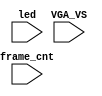
`timescale 1ns/1ps

module mist_dump(
    input           VGA_VS,
    input           led,
    input   [31:0]  frame_cnt
);

`ifdef DUMP
`ifndef NCVERILOG // iVerilog:
    initial begin
        // #(200*100*1000*1000);
        $display("DUMP enabled");
        $dumpfile("test.lxt");
    end
    `ifdef DUMP_START
    always @(negedge VGA_VS) if( frame_cnt==`DUMP_START ) begin
    `else
        initial begin
    `endif
        $display("DUMP starts");
        `ifdef DEEPDUMP
            $dumpvars(0,mist_test);
        `else
            $dumpvars(1,mist_test.UUT.u_game.u_main);
            $dumpvars(1,mist_test.UUT.u_game.u_rom);
            $dumpvars(1,mist_test.UUT.u_game);
            $dumpvars(0,mist_test.UUT.u_game.u_dwnld);
            $dumpvars(0,mist_test.UUT.u_frame.u_board.u_sdram);
        `endif
        $dumpon;
    end
`else // NCVERILOG
    `ifdef DUMP_START
    always @(negedge VGA_VS) if( frame_cnt==`DUMP_START ) begin
    `else
    initial begin
    `endif
        $shm_open("test.shm");
        `ifdef DEEPDUMP
            $display("NC Verilog: will dump all signals");
            $shm_probe(mist_test,"AS");
        `else
            $display("NC Verilog: will dump selected signals");
            //$shm_probe(UUT.u_game.u_video.u_obj,"AS");
            $shm_probe(frame_cnt);
            $shm_probe(UUT.u_game.u_main,"A");
            //$shm_probe(UUT.u_game.u_mcu,"A");
            //$shm_probe(UUT.u_game.u_dwnld,"AS");
            //$shm_probe(UUT.u_frame.u_board.u_sdram,"A");
            //$shm_probe(UUT.u_game.u_sound,"A");
            //$shm_probe(UUT.u_game.u_sound.u_adpcmcpu,"A");
            //$shm_probe(UUT.u_game.u_sound.u_adpcmcpu.u_adpcm,"AS");
            //$shm_probe(UUT.u_game.u_sound.u_fmcpu,"A");
            //$shm_probe(UUT.u_game.u_sound.u_fm0,"A");
            //$shm_probe(UUT.u_game.u_sound.u_fm0.u_jt12.u_timers,"AS");
            //$shm_probe(UUT.u_game.u_sound.u_fm0.u_jt12.u_mmr,"AS");
            //$shm_probe(UUT.u_game.u_sound.u_fm1.u_jt12.u_mmr,"AS");
            //$shm_probe(UUT.u_game.u_sound.u_fm1,"A");
        `endif
    end
`endif
`endif

endmodule // mist_dump